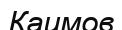
Каимов